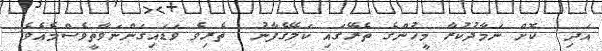
އަދި  ކޮށް ނަމާދުކުރާ މީހުންގެ ތެރޭގައި ކަލޭގެފާނު  ތެރިވެ ވަޑައިގަންނަވާތީވެސްމެއެވެ.